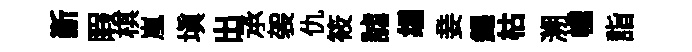
斳睱棋嵐塡出𠄘袈仇筱謔编妾錫枯溯幢詣